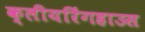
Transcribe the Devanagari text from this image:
क्लीयरिंगहाउस